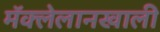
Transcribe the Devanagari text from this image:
मॅक्लेलानखाली